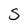
Character: 5